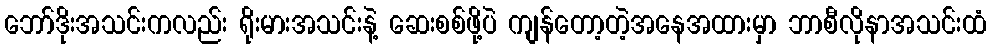
ဘော်ဒိုးအသင်းကလည်း ရိုးမားအသင်းနဲ့ ဆေးစစ်ဖို့ပဲ ကျန်တော့တဲ့အနေအထားမှာ ဘာစီလိုနာအသင်းထံ